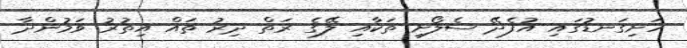
ހަށިގަނޑުގައި އުފެދޭ ސެލޯށި ތަކާއި ލޭގެ ރަތް ދިރު ތައް އިތުރު ވަމުންދާ